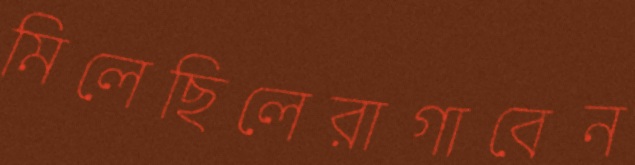
মিলেছিলেরাগাবেন